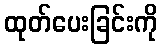
ထုတ်ပေးခြင်းကို